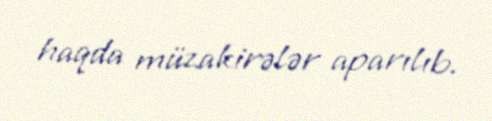
haqda müzakirələr aparılıb.